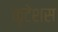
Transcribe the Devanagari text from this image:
कृटेशस